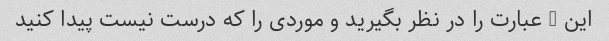
این 3 عبارت را در نظر بگیرید و موردی را که درست نیست پیدا کنید